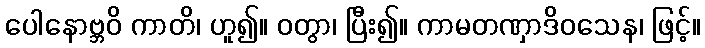
ပေါနောဗ္ဘဝိ ကာတိ၊ ဟူ၍။ ဝတွာ၊ ပြီး၍။ ကာမတဏှာဒိဝသေန၊ ဖြင့်။